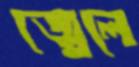
জ্বেলে